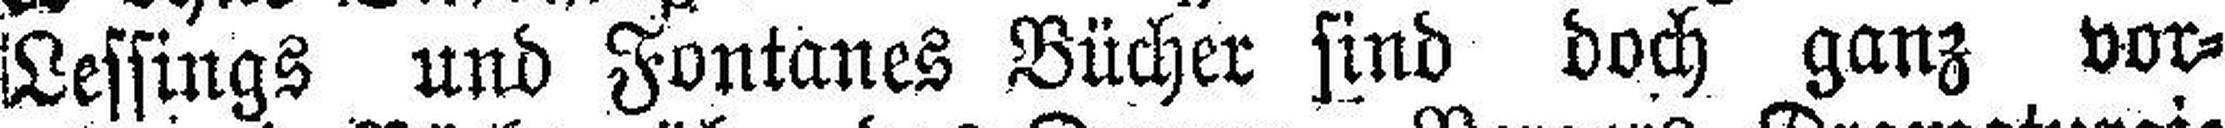
Lessings und Fontanes Bücher sind doch ganz vor¬